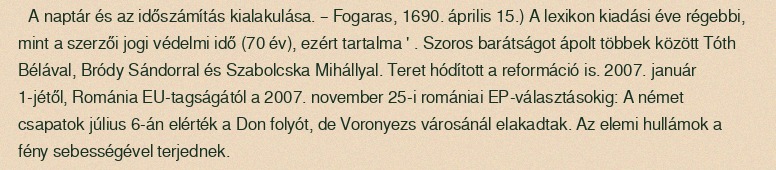
A naptár és az időszámítás kialakulása. – Fogaras, 1690. április 15.) A lexikon kiadási éve régebbi, mint a szerzői jogi védelmi idő (70 év), ezért tartalma ' . Szoros barátságot ápolt többek között Tóth Bélával, Bródy Sándorral és Szabolcska Mihállyal. Teret hódított a reformáció is. 2007. január 1-jétől, Románia EU-tagságától a 2007. november 25-i romániai EP-választásokig: A német csapatok július 6-án elérték a Don folyót, de Voronyezs városánál elakadtak. Az elemi hullámok a fény sebességével terjednek.